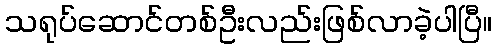
သရုပ်ဆောင်တစ်ဦးလည်းဖြစ်လာခဲ့ပါပြီ။